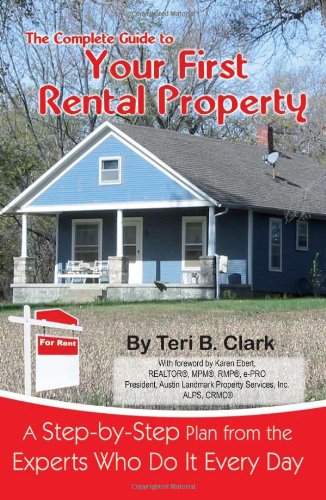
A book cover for The Complete Guide to Your First Rental Property: A Step-by-Step Plan from the Experts Who Do It Every Day; Teri B. Clark; Business & Money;